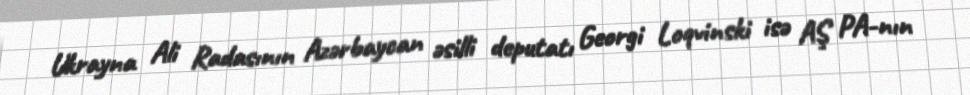
Ukrayna Ali Radasının Azərbaycan əsilli deputatı Georgi Loqvinski isə AŞ PA-nın